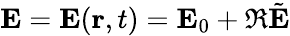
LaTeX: \mathbf{E}=\mathbf{E}(\mathbf{r},t)=\mathbf{E}_{0}+\Re\tilde{\mathbf{E}}